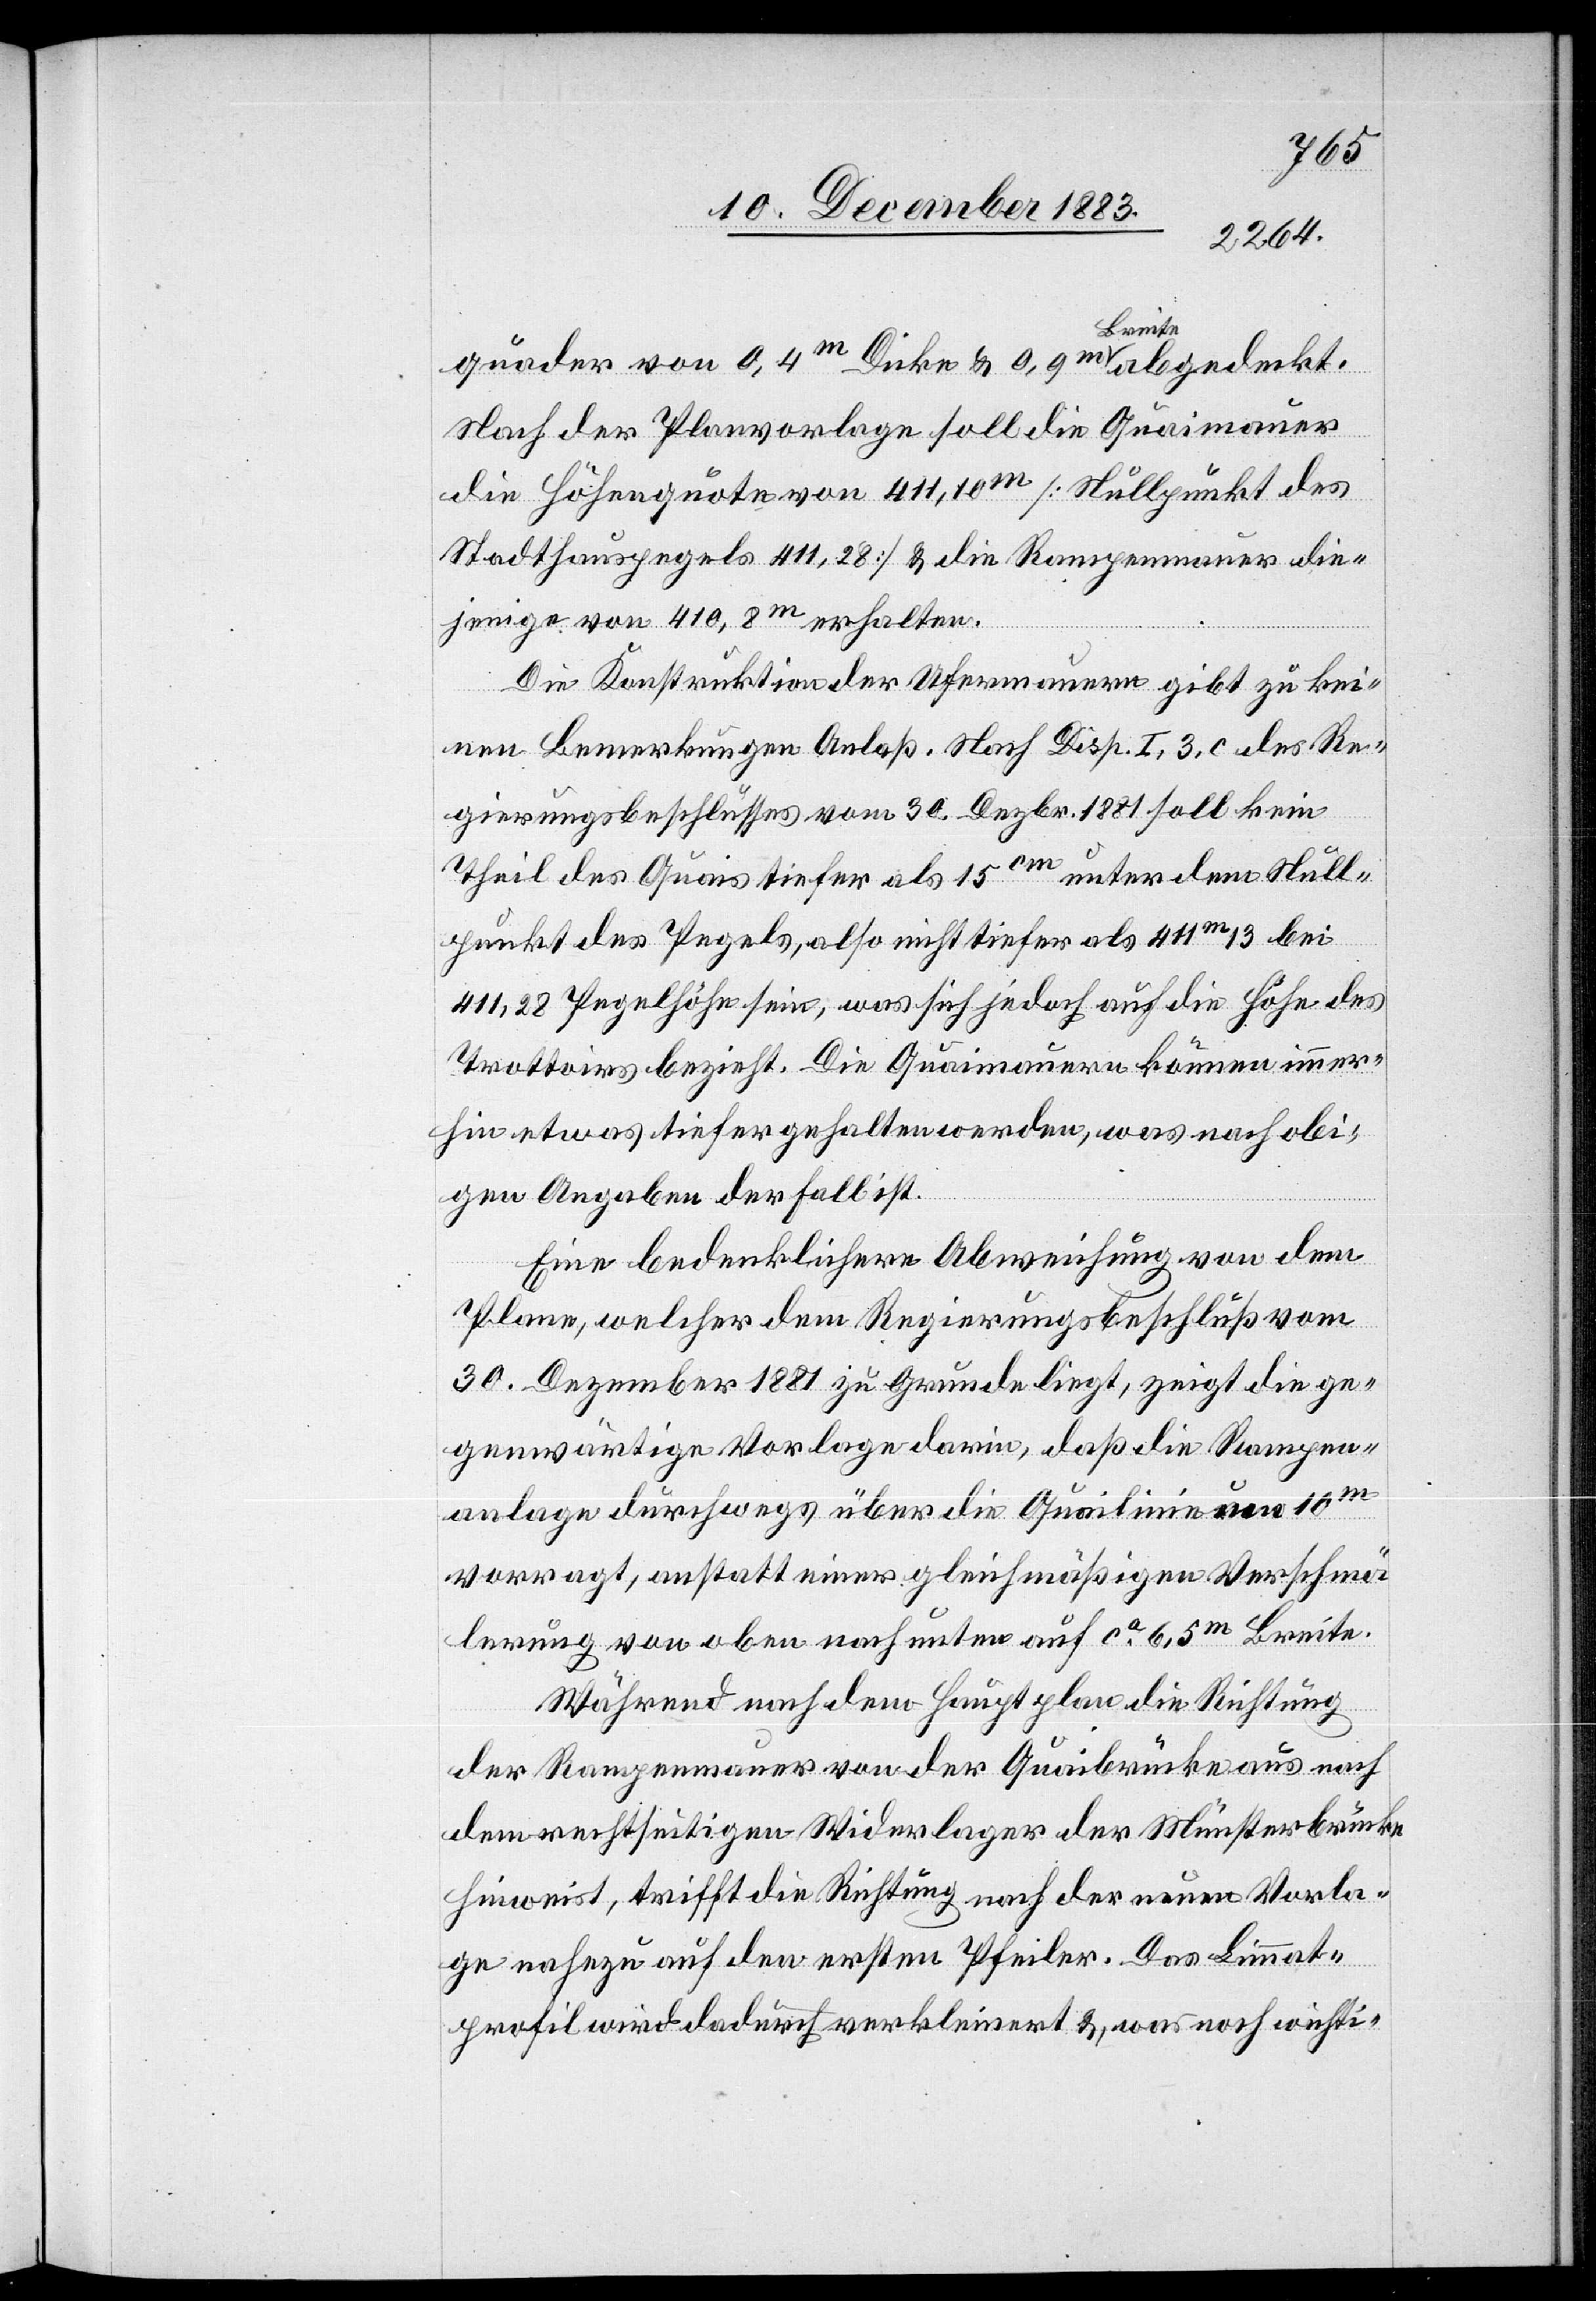
quader von 0,4m Dicke & 0,9m Breite abgedeckt.
Nach der Planvorlage soll die Quaimauer
die Höhenquote von 411,10m [Nullpunkt des
Stadthauspegels 411,28] & die Rampenmauer die¬
jenige von 410,8m erhalten.
Die Konstruktion der Ufermauern gibt zu kei¬
nen Bemerkungen Anlaß. Nach Disp. I, 3, c des Re¬
gierungsbeschlusses vom 30. Dezbr. 1881 soll kein
Theil des Quais tiefer als 15cm unter dem Null¬
punkt des Pegels, also nicht tiefer als 411m 13 bei
411,28 Pegelhöhe sein, was sich jedoch auf die Höhe des
Trottoirs bezieht. Die Quaimauern können immer¬
hin etwas tiefer gehalten werden, was nach obi¬
gen Angaben der Fall ist.
Eine bedenklichere Abweichung von dem
Plane, welcher dem Regierungsbeschluß vom
30. Dezember 1881 zu Grunde liegt, zeigt die ge¬
genwärtige Vorlage darin, daß die Rampen¬
anlage durchwegs über die Quailinie von 10m
vorragt, anstatt einer gleichmäßigen Verschmä¬
lerung von oben nach unten auf ca 6,5m Breite.
Während nach dem Hauptplan die Richtung
der Rampenmauer von der Quaibrücke aus nach
dem rechtseitigen Widerlager der Münsterbrücke
hinweist, trifft die Richtung nach der neuen Vorla¬
ge nahezu auf den ersten Pfeiler. Das Limmat¬
profil wird dadurch verkleinert &, was noch wichti-